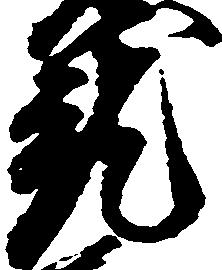
就